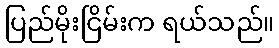
ပြည်မိုးငြိမ်းက ရယ်သည်။